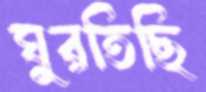
ঘুরতিছি